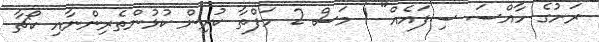
ރަށުގެ ހާއްސަ ސިފައެއް" 1 މަސް 2 ހަފްތާ ކުރިން ކުޅުންތެރިންނާއި ކޯޗާ